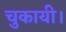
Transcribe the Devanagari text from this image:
चुकायी।